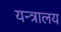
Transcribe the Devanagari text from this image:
यन्त्रालय